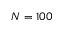
N = 1 0 0